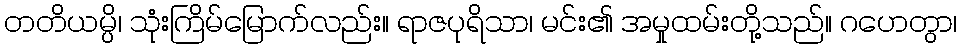
တတိယမ္ပိ၊ သုံးကြိမ်မြောက်လည်း။ ရာဇပုရိသာ၊ မင်း၏ အမှုထမ်းတို့သည်။ ဂဟေတွာ၊